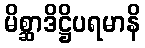
မိစ္ဆာဒိဋ္ဌိပရမာနိ